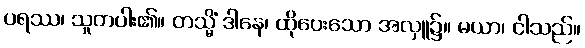
ပရဿ၊ သူတပါး၏။ တသ္မိံ ဒါနေ၊ ထိုပေးသော အလှူ၌။ မယာ၊ ငါသည်။